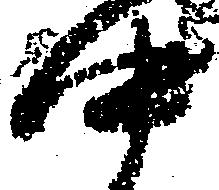
中